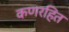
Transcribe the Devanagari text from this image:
कणरहित